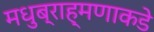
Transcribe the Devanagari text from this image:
मधुब्राह्मणाकडे